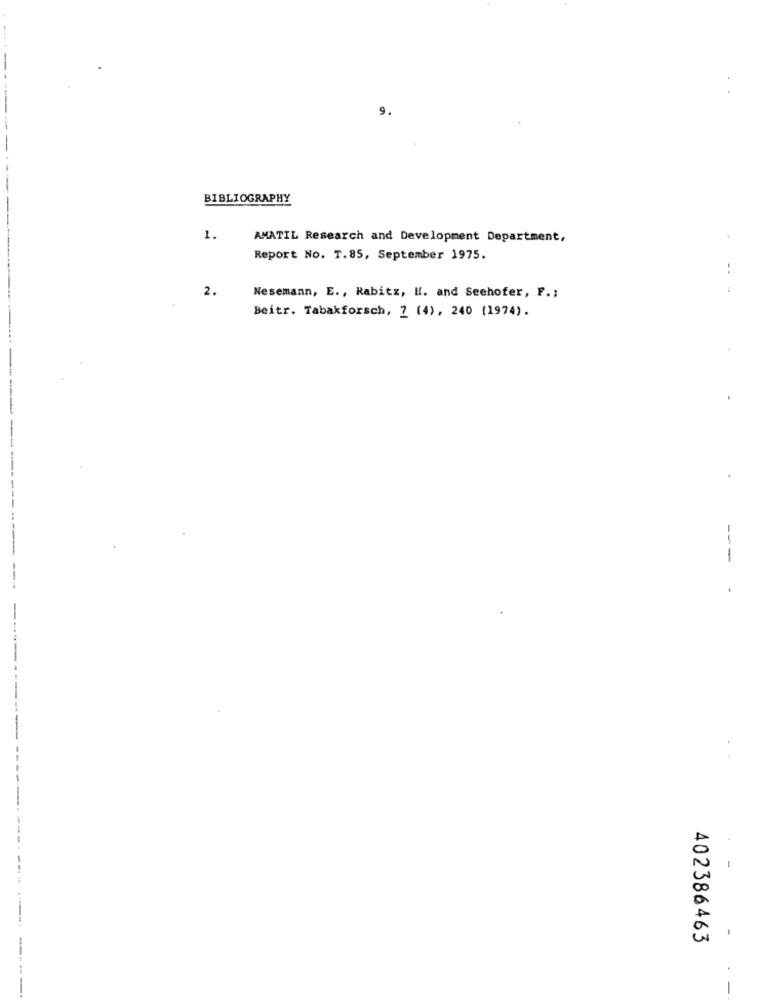
BIBLIOGRAPHY
1.
AMATIL Research and Development Department,
Report No. T.85, September 1975.
2.
Nesemann, E ., Rabitz, H. and Seehofer, F .;
Beitr. Tabakforsch, 2 (4), 240 (1974).
--
-
1
402386463